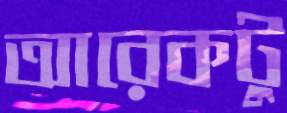
আরেকটু